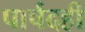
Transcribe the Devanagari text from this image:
पार्षदही